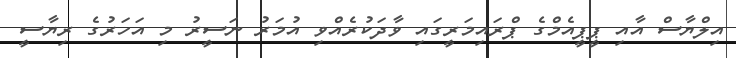
އިލްޔާސް އާއި ޕީޕީއެމްގެ ޕްރައިމަރީގައި ވާދަކުރެއްވި އުމަރު ނަސީރު މި އަހަރުގެ ރިޔާސީ